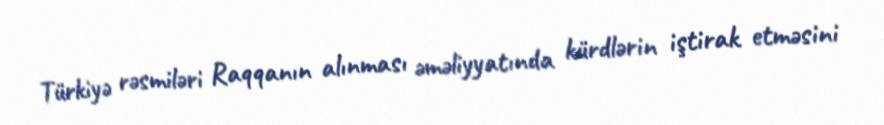
Türkiyə rəsmiləri Raqqanın alınması əməliyyatında kürdlərin iştirak etməsini